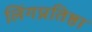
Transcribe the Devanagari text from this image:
लिंगप्रतिष्ठा